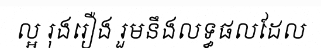
ល្អ រុងរឿង រួមនឹងលទ្ធផលដែល